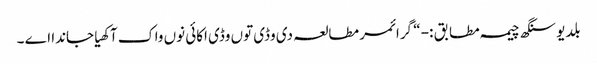
بلدیو سنگھ چیمہ مطابق :- “ گرائمر مطالعہ دی وڈی توں وڈی اکائی نوں واک آکھیا جاندا اے ۔